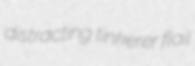
distracting tinkerer flail